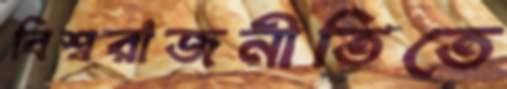
বিশ্বরাজনীতিতে